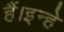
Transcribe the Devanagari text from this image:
हैं।इन्हे